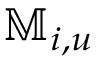
\mathbb { M } _ { i , u }